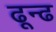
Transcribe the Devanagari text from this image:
ढून्ढ